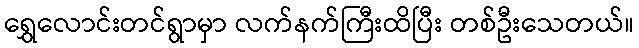
ရွှေလောင်းတင်ရွာမှာ လက်နက်ကြီးထိပြီး တစ်ဦးသေတယ်။